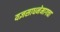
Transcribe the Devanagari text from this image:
यज्ञसाधनेमागचा